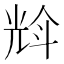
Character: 𠒡